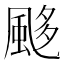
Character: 𩗈